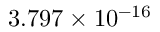
\phantom { + } 3 . 7 9 7 \times 1 0 ^ { - 1 6 }